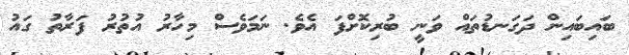
ބައިބައިން ދަގަނޑުތައް ވަނީ ބުރިކޮށްފަ އެވެ. ނަމަވެސް މިހާރު އުތުރު ފަރާތު ގައު